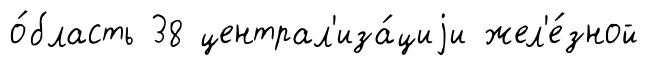
о́бласть 38 централ'иза́циjи жел'е́зной